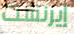
إيرنست